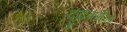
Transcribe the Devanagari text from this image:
दृढ़वर्मन